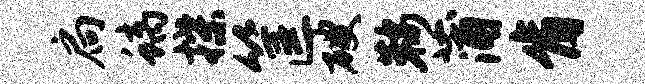
扃螭揲筐破鞍蒲肯